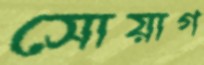
সোয়াগ